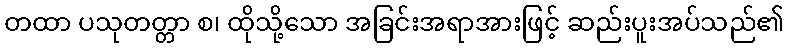
တထာ ပသုတတ္တာ စ၊ ထိုသို့သော အခြင်းအရာအားဖြင့် ဆည်းပူးအပ်သည်၏